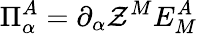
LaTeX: \Pi_{\alpha}^{A}=\partial_{\alpha}\mathcal{Z}^{M}E_{M}^{A}